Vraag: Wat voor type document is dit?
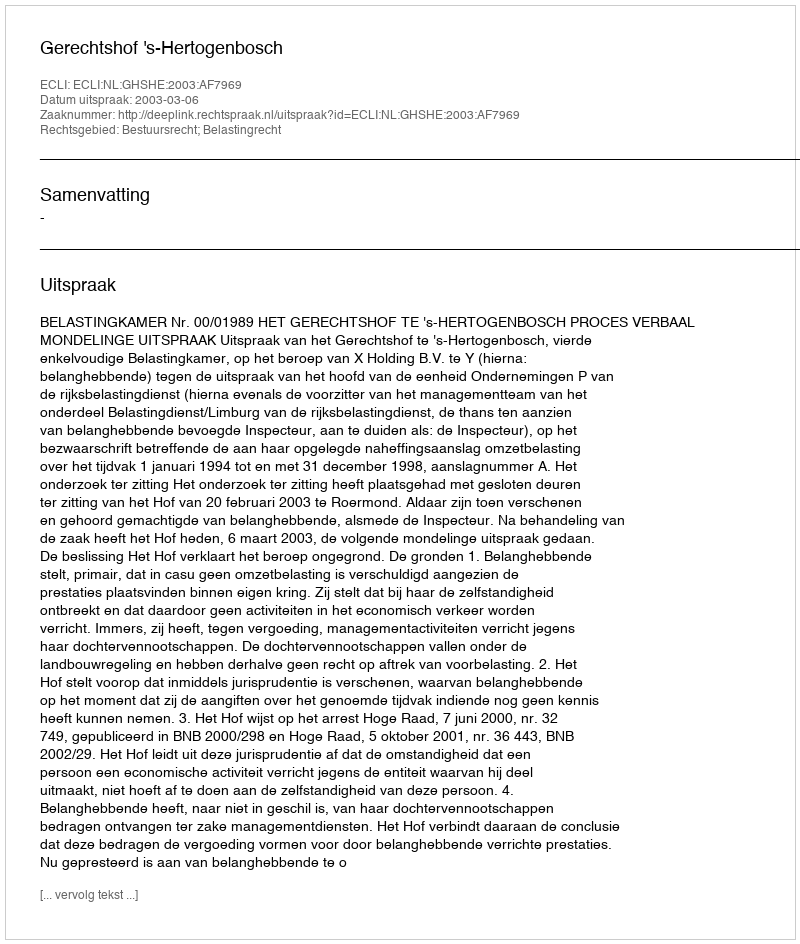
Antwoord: Uitspraak